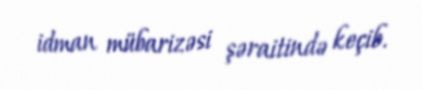
idman mübarizəsi şəraitində keçib.